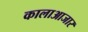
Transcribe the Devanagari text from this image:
कालाआजार